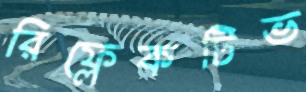
রিফ্লেকটিভ